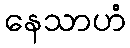
နေသာဟံ